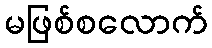
မဖြစ်စလောက်